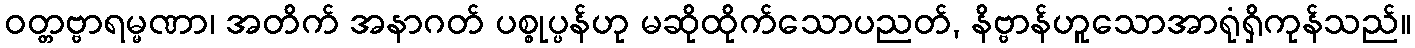
ဝတ္တဗ္ဗာရမ္မဏာ၊ အတိက် အနာဂတ် ပစ္စုပ္ပန်ဟု မဆိုထိုက်သောပညတ်, နိဗ္ဗာန်ဟူသောအာရုံရှိကုန်သည်။